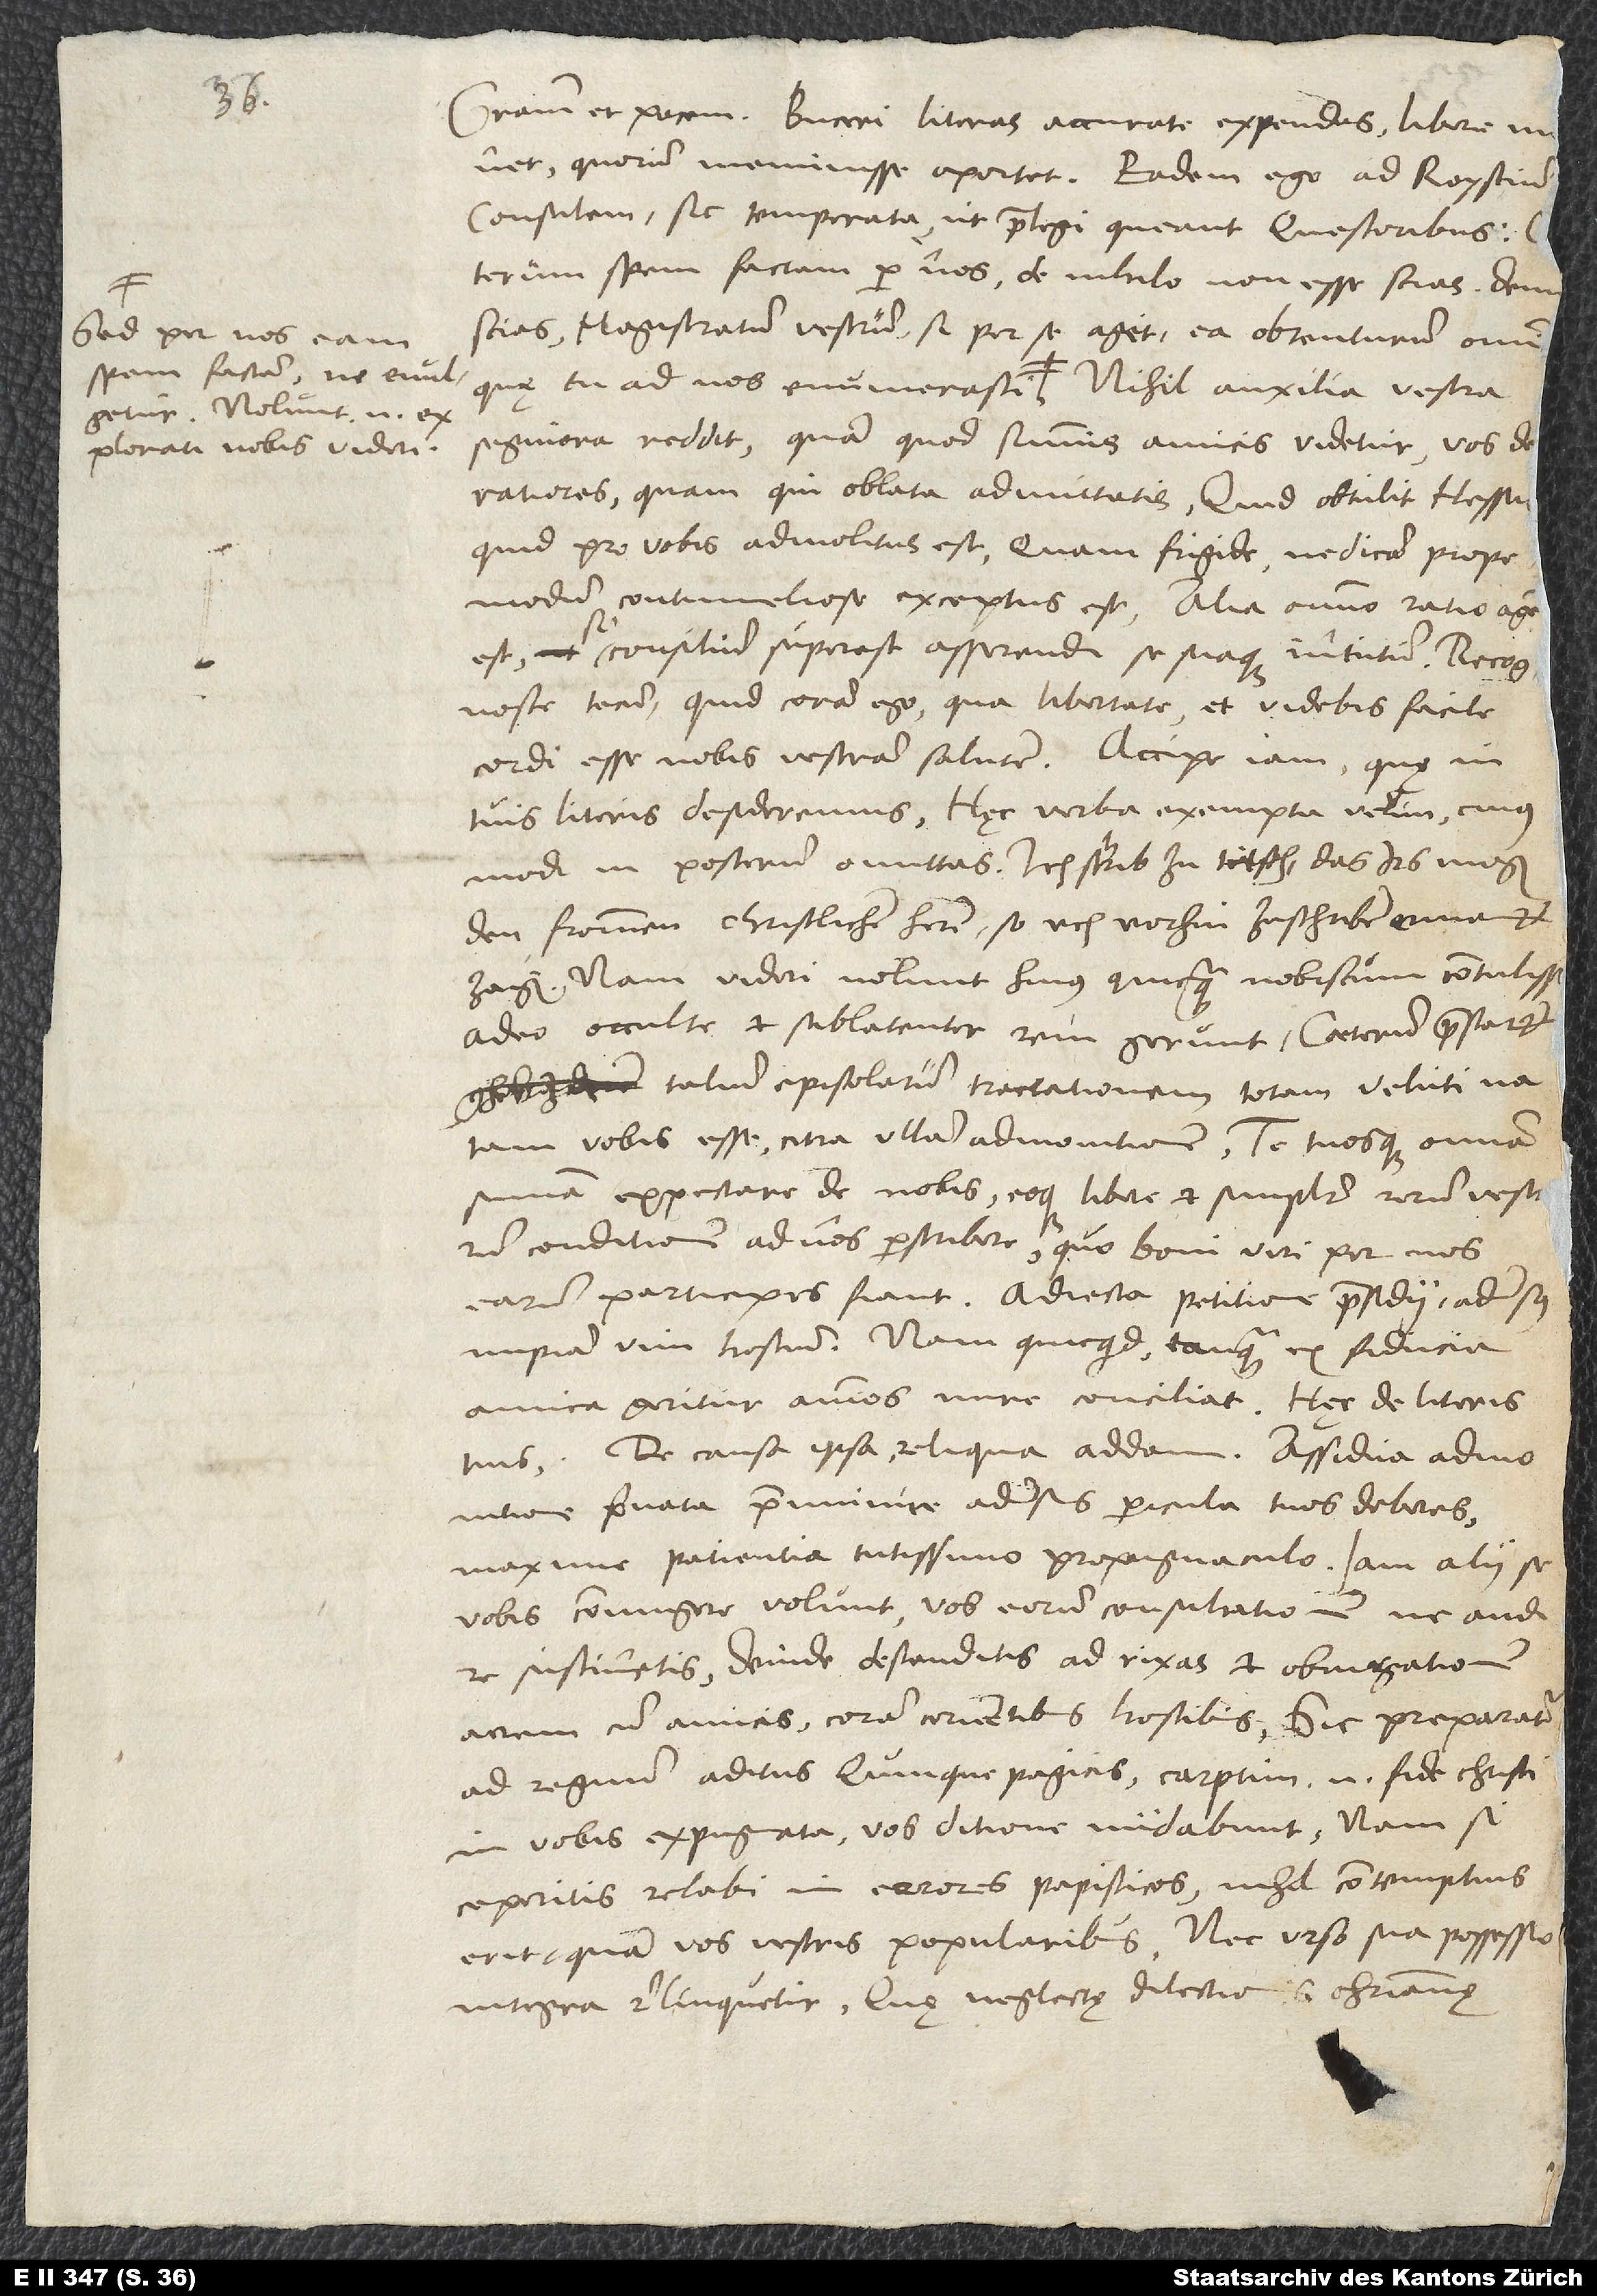
Sed per nos eam
spem factam ne evulgetur.
Nolunt enim
explorati nobis videri.

Gratiam et pacem. Buceri literas accurate expendas; libere monet,
quorum meminisse oportet. Eadem ego ad Roystium
consulem sic temperata, ut praelegi queant questoribus.
Caeterum spem factam per nos de nihilo non esse scias. Deinde
scias magistratum vestrum, si per se aget, ea obtenturum omnia,
segniora reddit, quam quod summis amicis videtur vos
deploratiores, quam qui oblata admittatis. Quid obtulit Hessus,
quid pro vobis admolitus est, quam frigide, ne dicam propemodum
contumeliose exceptus est! Alia omnino ratio agendi
est, si consilium superest asserendi se suaque in tutum. Recognosce
tecum, quid coram ego, qua libertate, et videbis facile
cordi esse nobis vestram salutem. Accipe iam, quę in
tuis literis desideremus. Haec verba exempta velim, cuiusmodi
in posterum omittas: «Ich schrib zu tütsch, das irs mogen
den frommen, christlichen heren, so üch vorhin zu schriben ermanet,
zeigen.» Nam videri nolunt huius quicquam nobiscum contulisse.
Adeo occulte et sublatenter rem gerunt. Caeterum praestaret
talium epistolarum tractationem totam veluti natam
vobis esse citra ullam admonitionem te tuosque omnia
summa expectare de nobis eoque libere et simpliciter rerum vestrarum
conditionem ad nos perscribere, quo boni viri per nos
earum participes fiant adiecta petitione praesidii adversus
impiam vim hostium. Nam quicquid tanquam ex fiducia
amica geritur, animos nunc conciliat. Haec de literis
tuis. De causa ipsa reliqua addam. Assidua admonitione
privata praemunire adversus pericula tuos deberes,
maxime patientia, tutissimo propugnaculo. Iam alii se
vobis coniungere volunt. Vos eorum consultationem ne audire
sustinetis, deinde descenditis ad rixas et obiurgationem
acrem cum amicis coram irruentibus hostibus. Sic preparatur
ad regnum aditus Quinquepagicis. Carptim enim fide Christi
in vobis expugnata vos ditione nudabunt. Nam si
ceperitis relabi in errores papisticos, nihil contemptius
erit quam vos vestris popularibus, nec Urso sua possessio
integra relinquetur. Quae neglectę dilectionis christianae